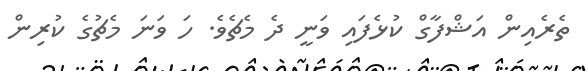
ތެރެއިން އަޝްފާގް ކުޅެފައި ވަނީ ދެ މެޗެވެ. ހަ ވަނަ މެޗުގެ ކުރިން